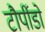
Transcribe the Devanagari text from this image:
टौर्पीडो